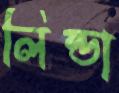
লিন্ডা